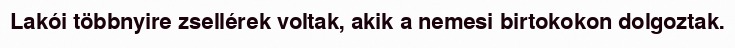
Lakói többnyire zsellérek voltak, akik a nemesi birtokokon dolgoztak.